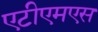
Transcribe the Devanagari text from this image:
एटीएमएस